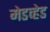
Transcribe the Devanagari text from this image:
मेडव्हेड